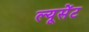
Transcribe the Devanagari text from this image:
ल्यूसेंट